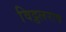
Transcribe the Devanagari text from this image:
विट्ठलराव